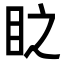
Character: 𭾣